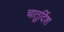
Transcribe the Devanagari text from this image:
चातुर्दिश